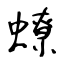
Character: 蟟